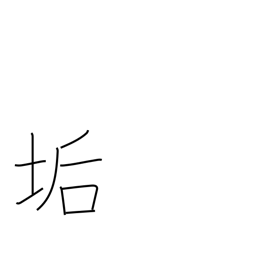
Meaning: earwax